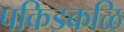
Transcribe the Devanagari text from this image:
पकिडकळि